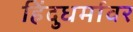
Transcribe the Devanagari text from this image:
हिंदुधर्मावर